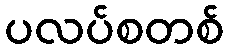
ပလပ်စတစ်